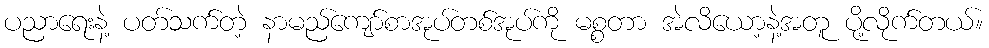
ပညာရေးနဲ့ ပတ်သက်တဲ့ နာမည်ကျော်စာအုပ်တစ်အုပ်ကို မစ္စတာ အဲလိယော့နဲ့အတူ ပို့လိုက်တယ်။